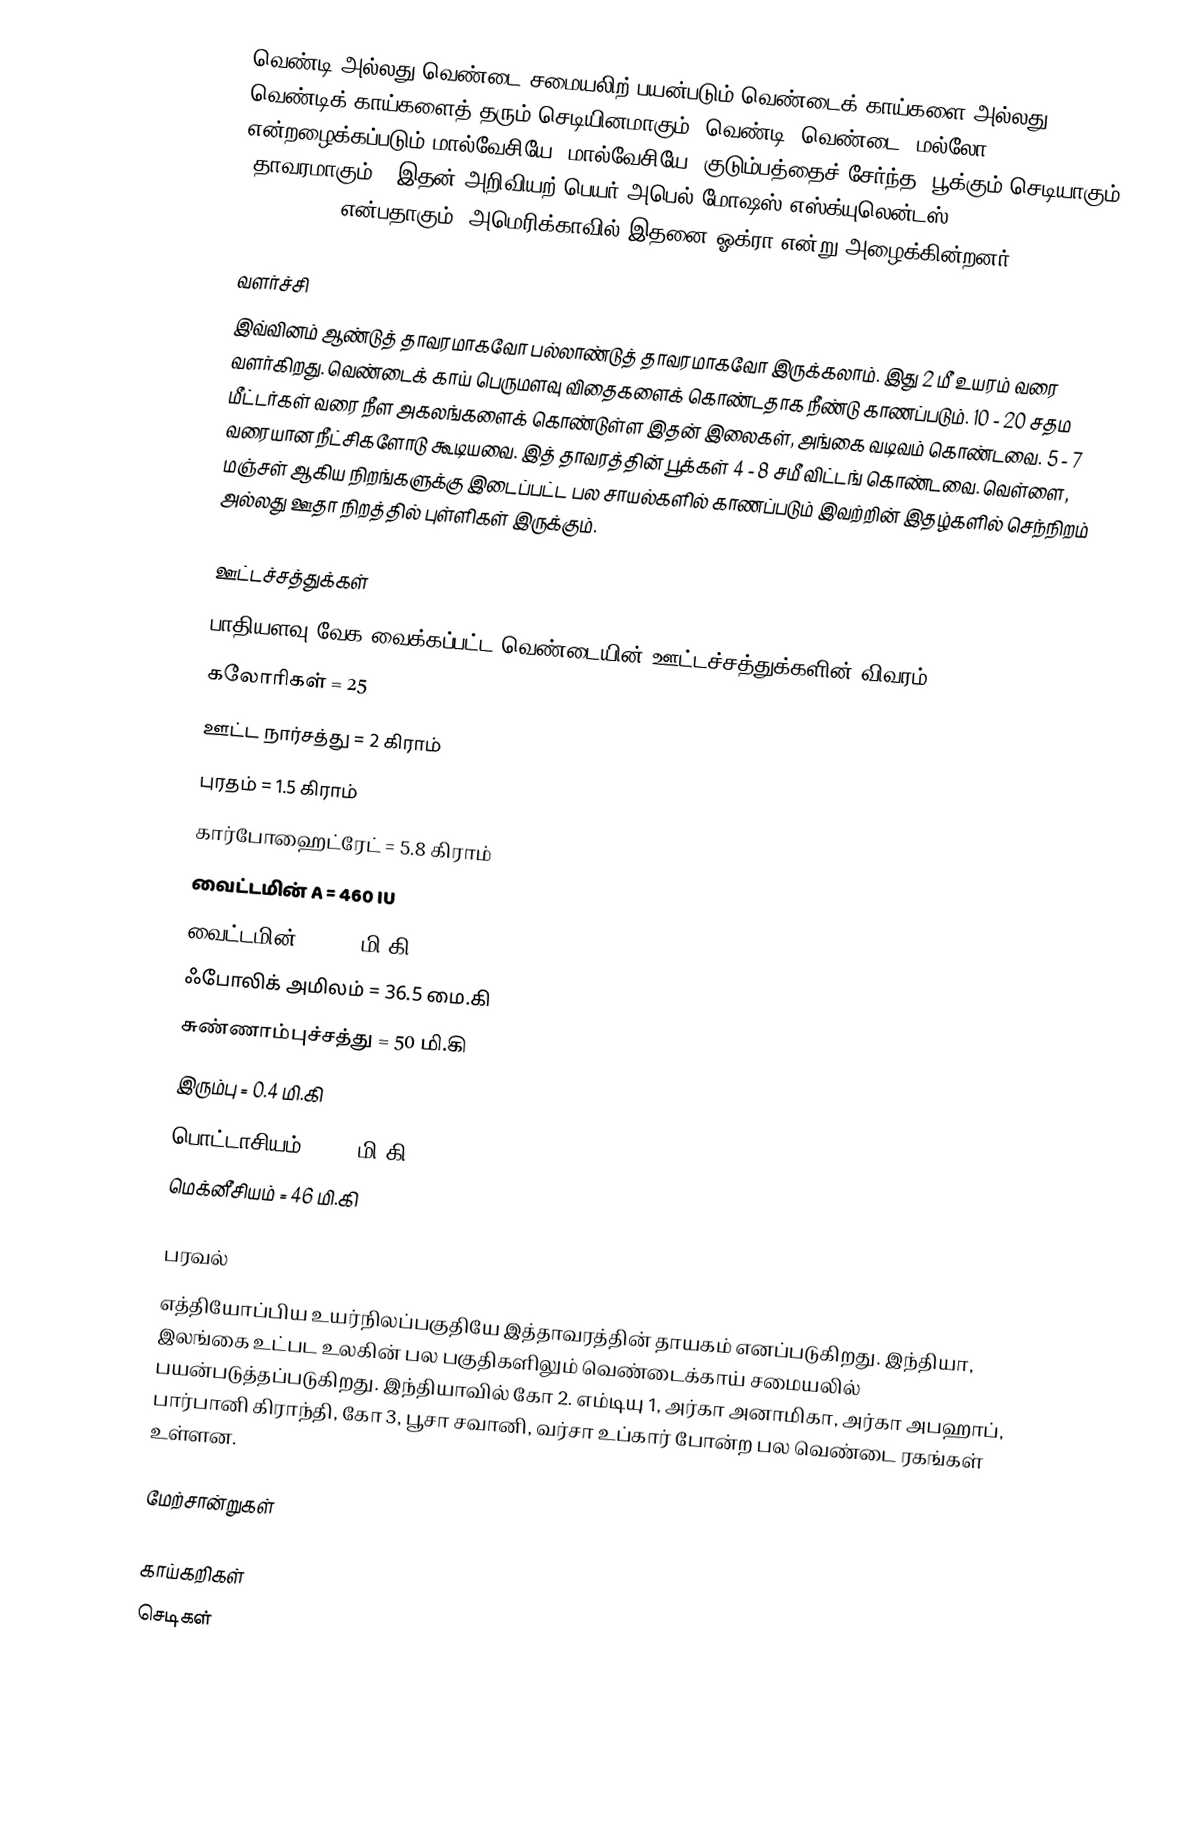
வெண்டி அல்லது வெண்டை சமையலிற் பயன்படும் வெண்டைக் காய்களை அல்லது வெண்டிக் காய்களைத் தரும் செடியினமாகும். வெண்டி (வெண்டை) மல்லோ என்றழைக்கப்படும் மால்வேசியே (மால்வேசியே) குடும்பத்தைச் சேர்ந்த, பூக்கும் செடியாகும் (தாவரமாகும்). இதன் அறிவியற் பெயர் அபெல் மோஷஸ் எஸ்க்யுலென்டஸ் (Abelmoschus esculentus) என்பதாகும். அமெரிக்காவில் இதனை ஓக்ரா என்று அழைக்கின்றனர்.

வளர்ச்சி
இவ்வினம் ஆண்டுத் தாவரமாகவோ பல்லாண்டுத் தாவரமாகவோ இருக்கலாம். இது 2 மீ உயரம் வரை வளர்கிறது. வெண்டைக் காய் பெருமளவு விதைகளைக் கொண்டதாக நீண்டு காணப்படும். 10 - 20 சதம மீட்டர்கள் வரை நீள அகலங்களைக் கொண்டுள்ள இதன் இலைகள், அங்கை வடிவம் கொண்டவை. 5 - 7 வரையான நீட்சிகளோடு கூடியவை. இத் தாவரத்தின் பூக்கள் 4 - 8 சமீ விட்டங் கொண்டவை. வெள்ளை, மஞ்சள் ஆகிய நிறங்களுக்கு இடைப்பட்ட பல சாயல்களில் காணப்படும் இவற்றின் இதழ்களில் செந்நிறம் அல்லது ஊதா நிறத்தில் புள்ளிகள் இருக்கும்.

ஊட்டச்சத்துக்கள்
பாதியளவு வேக வைக்கப்பட்ட வெண்டையின் ஊட்டச்சத்துக்களின் விவரம் :
 கலோரிகள் = 25
 ஊட்ட நார்சத்து = 2 கிராம்
 புரதம் = 1.5 கிராம்
 கார்போஹைட்ரேட் = 5.8 கிராம்
 வைட்டமின் A = 460 IU
 வைட்டமின் C = 13 மி.கி
 ஃபோலிக் அமிலம் = 36.5 மை.கி
 சுண்ணாம்புச்சத்து = 50 மி.கி
 இரும்பு = 0.4 மி.கி
 பொட்டாசியம் = 256 மி.கி
 மெக்னீசியம் = 46 மி.கி

பரவல்
எத்தியோப்பிய உயர்நிலப்பகுதியே இத்தாவரத்தின் தாயகம் எனப்படுகிறது. இந்தியா, இலங்கை உட்பட உலகின் பல பகுதிகளிலும் வெண்டைக்காய் சமையலில் பயன்படுத்தப்படுகிறது. இந்தியாவில் கோ 2. எம்டியு 1, அர்கா அனாமிகா, அர்கா அபஹாப், பார்பானி கிராந்தி, கோ 3, பூசா சவானி, வர்சா உப்கார் போன்ற பல வெண்டை ரகங்கள் உள்ளன.

மேற்சான்றுகள்

காய்கறிகள்
செடிகள்